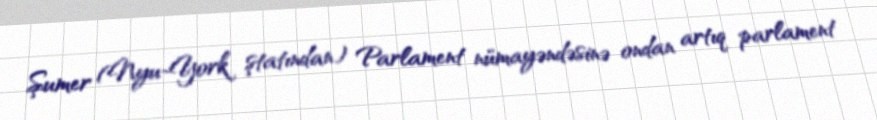
Şumer (Nyu-York ştatından) Parlament nümayəndəsinə ondan artıq parlament